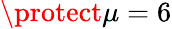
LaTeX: \protect\mu=6